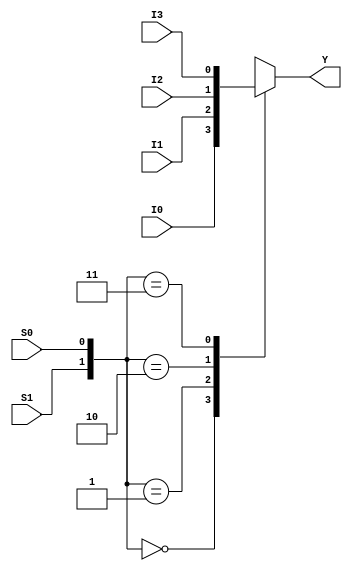
module MUX41bh(Y,I0,I1,I2,I3,S0,S1);
input I0,I1,I2,I3,S0,S1;
output Y;
reg Y;

always @ (I0, I1, I2, I3, S0, S1)
begin
case({S1,S0})
2'b00: Y= I0;
2'b01: Y= I1;
2'b10: Y= I2;
2'b11: Y= I3;
endcase
end
endmodule